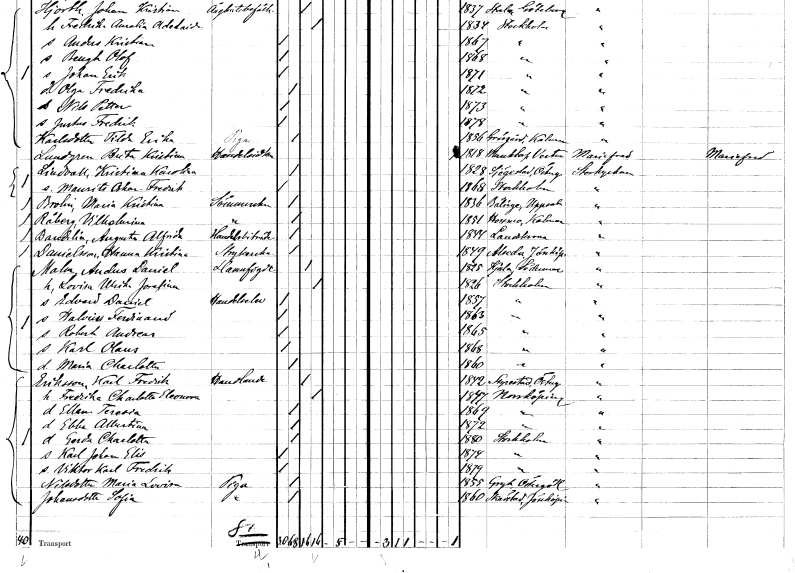
gt_parse: households: individuals: FN: Brita Kristina
EN: Lundgren
YRKE: Handelsidkerska
KON: K
CIV: X
FODAR: 1818
FODFORS: Munktorp Västmanlands län
FN: Kristina Karolina
EN: Lindvall
KON: K
CIV: O
FODAR: 1828
FODFORS: Sjögestad Östergötlands län
FN: Maurits Oskar Fredrik
KON: M
CIV: O
FODAR: 1868
FODFORS: Stockholm
FN: Maria Kristina
EN: Brolin
YRKE: Sömmerska
KON: K
CIV: O
FODAR: 1836
FODFORS: Bälinge Uppsala län
FN: Vilhelmina
EN: Råberg
YRKE: Sömmerska
KON: K
CIV: O
FODAR: 1851
FODFORS: Hossmo Kalmar län
FN: Augusta Alfrida
EN: Bardelin
YRKE: Handelsbiträde
KON: K
CIV: O
FODAR: 1844
FODFORS: Landskrona Malmöhus län
FN: Hanna Kristina
EN: Danielsson
YRKE: Strykerska
KON: K
CIV: O
FODAR: 1849
FODFORS: Alseda Jönköpings län
FN: Anders Daniel
EN: Malva
YRKE: Hamnfogde
KON: M
CIV: G
FODAR: 1825
FODFORS: Kjula Södermanlands län
FN: Lovisa Ulrika Josefina
KON: K
CIV: G
FODAR: 1826
FODFORS: Stockholm
FN: Edvard Daniel
YRKE: Handelselev
KON: M
CIV: O
FODAR: 1857
FODFORS: Stockholm
FN: Halvies Ferdinand
KON: M
CIV: O
FODAR: 1863
FODFORS: Stockholm
FN: Robert Andreas
KON: M
CIV: O
FODAR: 1865
FODFORS: Stockholm
FN: Karl Olaus
KON: M
CIV: O
FODAR: 1868
FODFORS: Stockholm
FN: Maria Charlotta
KON: K
CIV: O
FODAR: 1860
FODFORS: Stockholm
FN: Karl Fredrik
EN: Eriksson
YRKE: Handlande
KON: M
CIV: G
FODAR: 1842
FODFORS: Styrstad Östergötlands län
FN: Fredrika Charlotta Eleonora
KON: K
CIV: G
FODAR: 1847
FODFORS: Norrköping Östergötlands län
FN: Ellen Teresia
KON: K
CIV: O
FODAR: 1869
FODFORS: Norrköping Östergötlands län
FN: Ebba Albertina
KON: K
CIV: O
FODAR: 1872
FODFORS: Norrköping Östergötlands län
FN: Gerda Charlotta
KON: K
CIV: O
FODAR: 1880
FODFORS: Stockholm
FN: Karl Johan Elis
KON: M
CIV: O
FODAR: 1874
FODFORS: Stockholm
FN: Viktor Karl Fredrik
KON: M
CIV: O
FODAR: 1879
FODFORS: Stockholm
FN: Maria Lovisa
EN: Nilsdotter
YRKE: Piga
KON: K
CIV: O
FODAR: 1855
FODFORS: Gryt Östergötlands län
FN: Sofia
EN: Johansdotter
YRKE: Piga
KON: K
CIV: O
FODAR: 1860
FODFORS: Skärstad Jönköpings län